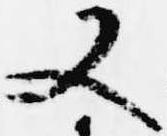
又